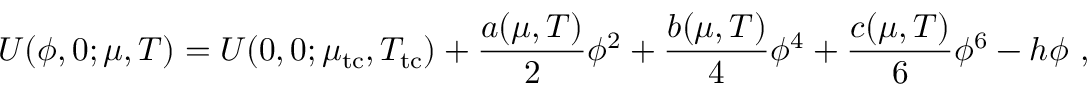
U ( \phi , 0 ; \mu , T ) = U ( 0 , 0 ; \mu _ { \mathrm { t c } } , T _ { \mathrm { t c } } ) + \frac { a ( \mu , T ) } { 2 } \phi ^ { 2 } + \frac { b ( \mu , T ) } { 4 } \phi ^ { 4 } + \frac { c ( \mu , T ) } { 6 } \phi ^ { 6 } - h \phi \ ,